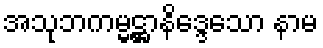
အသုဘကမ္မဋ္ဌာနိဒ္ဒေသော နာမ